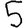
Digit: 5